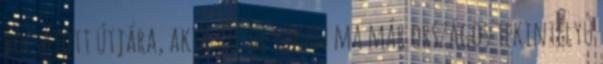
bocsátott útjára, akik közül sokan ma már országos tekintélyû